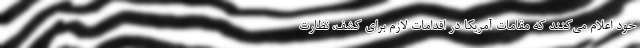
خود اعلام می‌کنند که مقامات آمریکا در اقدامات لازم برای کشف، نظارت